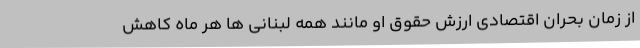
از زمان بحران اقتصادی ارزش حقوق او مانند همه لبنانی ها هر ماه کاهش